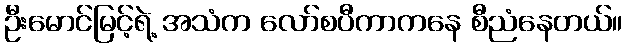
ဦးမောင်မြင့်ရဲ့ အသံက လော်စပီကာကနေ စီညံနေတယ်။